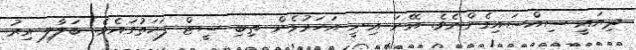
ދިޔައީ ސިއްސައިގެންނެވެ. އޭނަ އިނީ އަހަރުމެން ތިބި ސީޓް ފަހަތުގައެވެ. ބަލާލި އިރު